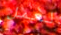
لعمل